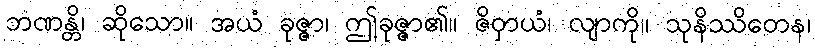
ဘဏန္တိ၊ ဆိုသော။ အယံ ခုဇ္ဇာ၊ ဤခုဇ္ဇာ၏။ ဇိဝှာယံ၊ လျာကို။ သုနိဿိတေန၊